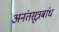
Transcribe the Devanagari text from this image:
अनंतसूत्रबांध